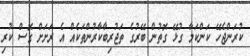
ކުރަންޖެހޭ ކަންކަމާ ގުޅޭ ގޮތުން ބޭރުގެ ތަޖުރިބާކާރުންތަކެއް އެ ރަށަށް ގޮސް ކުރި